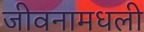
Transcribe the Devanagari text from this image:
जीवनामधली